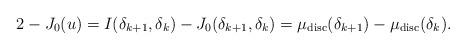
LaTeX: \begin{align*} 2-J_{0}(u)=I(\delta_{k+1},\delta_{k})-J_{0}(\delta_{k+1},\delta_{k})=\mu_{\mathrm{disc}}(\delta_{k+1})-\mu_{\mathrm{disc}}(\delta_{k}).\end{align*}